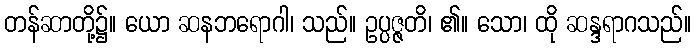
တန်ဆာတို့၌။ ယော ဆနဘရောဂါ၊ သည်။ ဥပ္ပဇ္ဇတိ၊ ၏။ သော၊ ထို ဆန္ဒရာဂသည်။